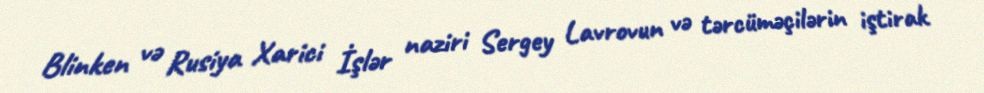
Blinken və Rusiya Xarici İşlər naziri Sergey Lavrovun və tərcüməçilərin iştirak